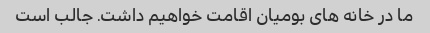
ما در خانه های بومیان اقامت خواهیم داشت. جالب است